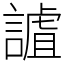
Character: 謯